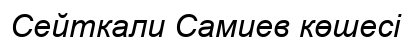
Сейткали Самиев көшесі